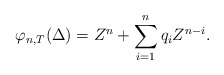
\begin{align*}\varphi_{n, T}(\Delta) = Z^n + \sum_{i=1}^{n} q_i Z^{n-i}.\end{align*}